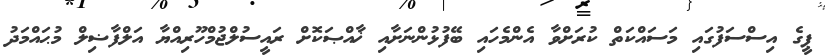
ޕީގެ އިސްސަފުގައި މަސައްކަތް ކުރަށްވާ އެންމެހައި ބޭފުޅުންނަށާއި ޚާއްޞަކޮށް ރައީސުލްޖުމްހޫރިއްޔާ އަލްފާޟިލް މުޙައްމަދު